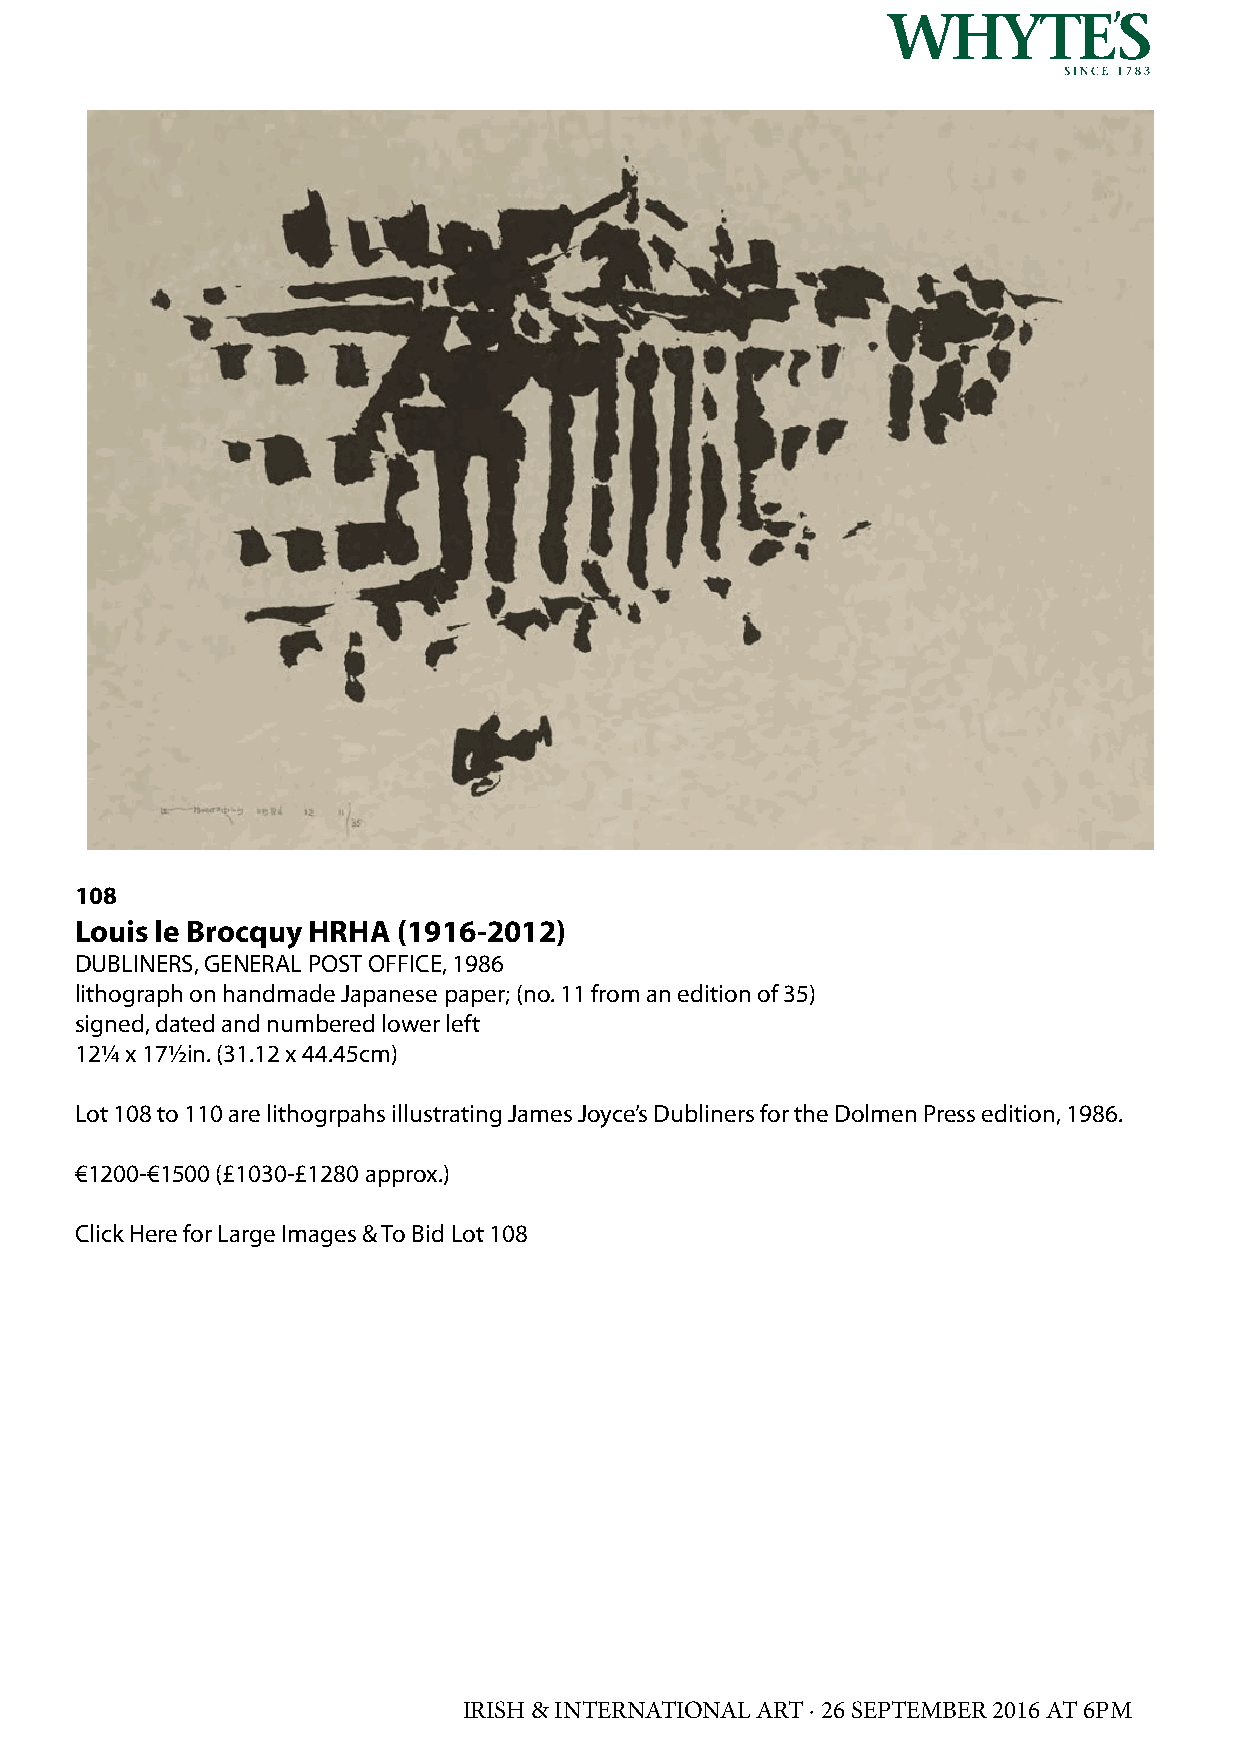
108
 Louis le Brocquy HRHA (1916-2012)
 DUBLINERS, GENERAL POST OFFICE, 1986
 lithograph on handmade Japanese paper; (no. 11 from an edition of 35)
 signed, dated and numbered lower left
 12¼ x 17½in. (31.12 x 44.45cm)
 Lot 108 to 110 are lithogrpahs illustrating James Joyce’s Dubliners for the Dolmen Press edition, 1986.
 €1200-€1500 (£1030-£1280 approx.)
 Click Here for Large Images & To Bid Lot 108
 IRISH & INTERNATIONAL ART · 26 SEPTEMBER 2016 AT 6PM